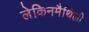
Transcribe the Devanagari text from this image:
लेकिनमैथिली